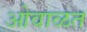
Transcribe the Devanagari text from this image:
ओवाळत